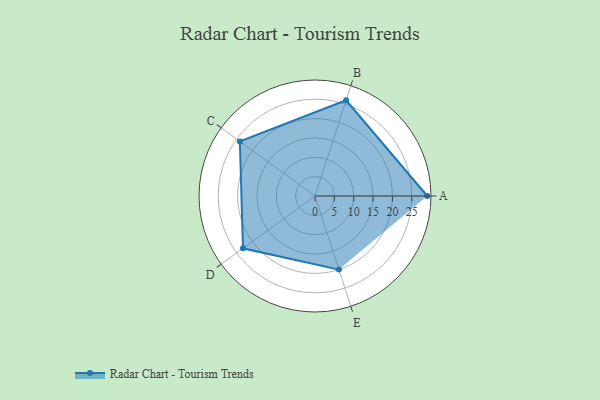
{"axis": {"x": "Skill", "y": "Score"}, "legend": ["Profile"], "data": [{"x": "A", "y": 29.0, "type": "Profile"}, {"x": "B", "y": 26.0, "type": "Profile"}, {"x": "C", "y": 24.0, "type": "Profile"}, {"x": "D", "y": 23.0, "type": "Profile"}, {"x": "E", "y": 20, "type": "Profile"}]}